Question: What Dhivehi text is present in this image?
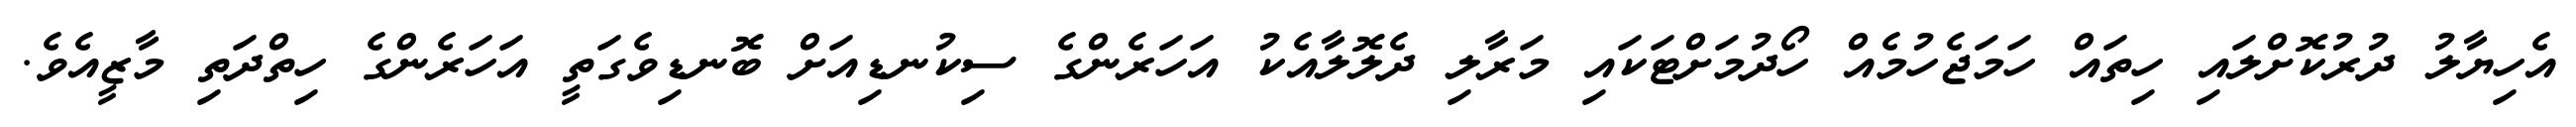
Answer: އެހިޔާލު ދުރުކޮށްލައި ހިތައް ހަމަޖެހުމެއް ހޯދުމަށްޓަކައި މަރާލި ދެލޮލާއެކު އަހަރެންގެ ސިކުނޑިއަށް ބޮނޑިވެގަތީ އަހަރެންގެ ހިތްދަތި މާޒީއެވެ.